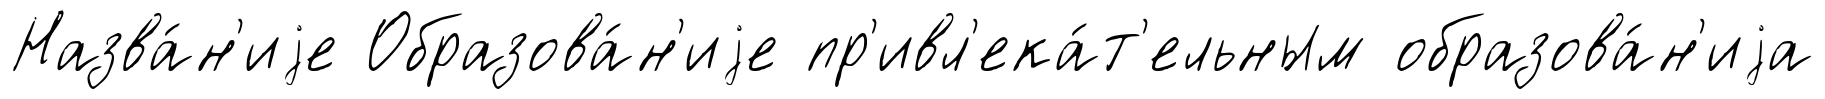
Назва́н'иjе Образова́н'иjе пр'ивл'ека́т'ельным образова́н'иjа